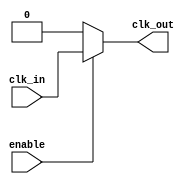
module clock_gating_cell (
    input wire clk_in,          // Input clock
    input wire enable,          // Enable signal
    output wire clk_out         // Gated clock output
);
    assign clk_out = enable ? clk_in : 1'b0; // Gated clock output
endmodule